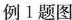
例1题图